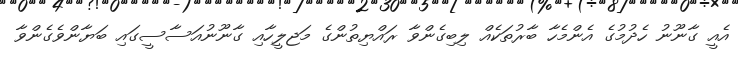
އެއީ ގާނޫނު ހެދުމުގެ އެންމެހާ ބާރުތަކެއް ލިބިގެންވާ ރައްޔިތުންގެ މަޖލީހާއި ގާނޫނުއަސާސީގައި ބަޔާންވެގެންވާ